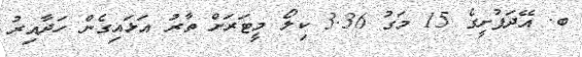
ބ. އޭދަފުށީގެ 15 މަގު 3.36 ކިލޯ މީޓަރަށް ތާރު އަޅައިގެން ހަދާއިރު